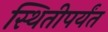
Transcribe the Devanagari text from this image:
स्थितीपर्यंत